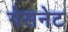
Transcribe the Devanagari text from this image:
गेसनेट